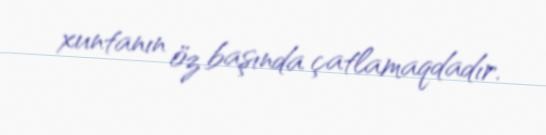
xuntanın öz başında çatlamaqdadır.